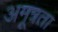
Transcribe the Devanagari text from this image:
अमूत्रता